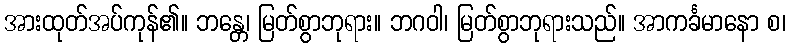
အားထုတ်အပ်ကုန်၏။ ဘန္တေ၊ မြတ်စွာဘုရား။ ဘဂဝါ၊ မြတ်စွာဘုရားသည်။ အာကင်္ခမာနော စ၊